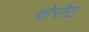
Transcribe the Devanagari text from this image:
चोरौट